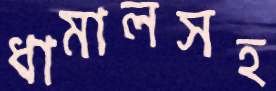
ধামালসহ